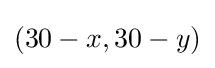
(30-x,30-y)